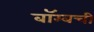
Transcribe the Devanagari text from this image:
बॉम्बची